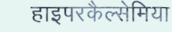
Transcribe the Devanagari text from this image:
हाइपरकैल्सेमिया